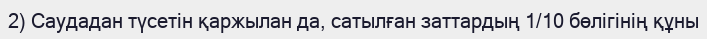
2) Саудадан түсетін қаржылан да, сатылған заттардың 1/10 бөлігінің құны